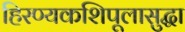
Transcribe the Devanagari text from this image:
हिरण्यकशिपूलासुद्धा